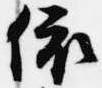
依